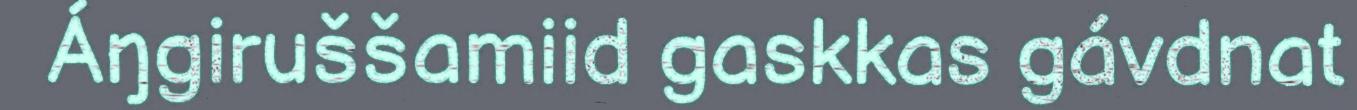
Áŋgiruššamiid gaskkas gávdnat